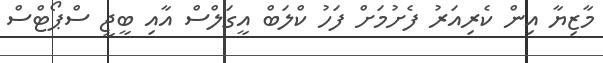
މާޒިޔާ އިން ކެރިއަރު ފެށުމަށް ފަހު ކްލަބް އީގަލްސް އާއި ބީޖީ ސްޕޯޓްސް